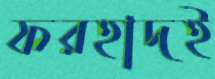
ফরহাদই